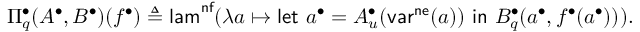
\Pi _ { q } ^ { \bullet } ( A ^ { \bullet } , B ^ { \bullet } ) ( f ^ { \bullet } ) \triangleq \mathsf { l a m } ^ { \mathsf { n f } } ( \lambda a \mapsto \mathsf { l e t } \ a ^ { \bullet } = A _ { u } ^ { \bullet } ( \mathsf { v a r } ^ { \mathsf { n e } } ( a ) ) \ \mathsf { i n } \ B _ { q } ^ { \bullet } ( a ^ { \bullet } , f ^ { \bullet } ( a ^ { \bullet } ) ) ) .